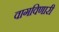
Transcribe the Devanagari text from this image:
वागविणारी